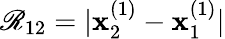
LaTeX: \mathscr{R}_{12}=|\mathbf{{x}}_{2}^{(1)}-\mathbf{{x}}_{1}^{(1)}|